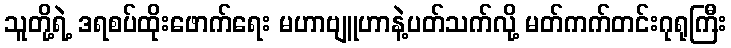
သူတို့ရဲ့ ဒရစပ်ထိုးဖောက်ရေး မဟာဗျူဟာနဲ့ပတ်သက်လို့ မတ်ကက်တင်းဂုရုကြီး